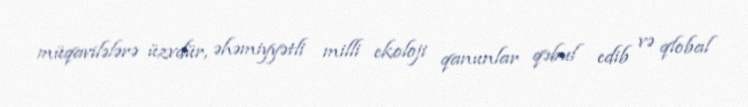
müqavilələrə üzvdür, əhəmiyyətli milli ekoloji qanunlar qəbul edib və qlobal